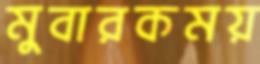
মুবারকময়